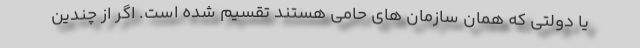
یا دولتی که همان سازمان های حامی هستند تقسیم شده است. اگر از چندین